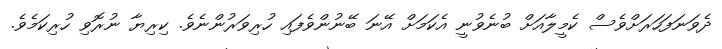
ދެވަނަފަހަރަށްވެސް ކެމީލާއަށް ބުނެވުނީ އެކަމަށް އޭނަ ބޭނުންވެފައި ހުރިވަރުންނެވެ. ކިރިޔާ ނުރޮވި ހުރިކަމެވެ.